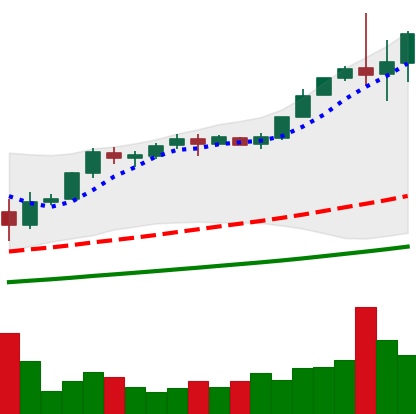
Ticker: BTC-USD
Chart end date: 2017-12-01
Forward return: 30.212%
Label: up_7plus